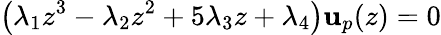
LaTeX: \left(\lambda_{1}z^{3}-\lambda_{2}z^{2}+5\lambda_{3}z+\lambda_{4}\right)\mathbf{u}_{p}(z)=0